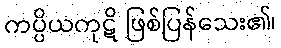
ကပ္ပိယကုဋိ ဖြစ်ပြန်သေး၏၊